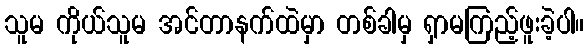
သူမ ကိုယ်သူမ အင်တာနက်ထဲမှာ တစ်ခါမှ ရှာမကြည့်ဖူးခဲ့ပါ။